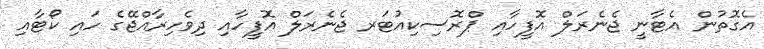
އެގޮތުން އެޓާނީ ޖެނެރަލް އޮފީހާއި ޕްރޮސިކިއުޓަރ ޖެނެރަލް އޮފީހާއި ދިވެހިރާއްޖޭގެ ހައި ކޯޓާއި